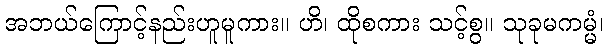
အဘယ်ကြောင့်နည်းဟူမူကား။ ဟိ၊ ထိုစကား သင့်စွ။ သုခုမကမ္မံ၊